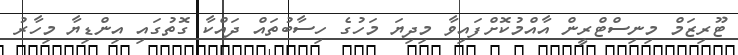
ޓޫރިޒަމް މިނިސްޓްރީން އާއްމުކޮށްފައިވާ މިދިޔަ މަހުގެ ހިސާބުތައް ދައްކާ ގޮތުގައި އިންޑިޔާ މިހާރު